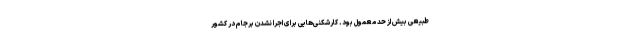
طبیعی بیش از حد معمول بود. کارشکنی‌هایی برای اجرا نشدن برجام در کشور